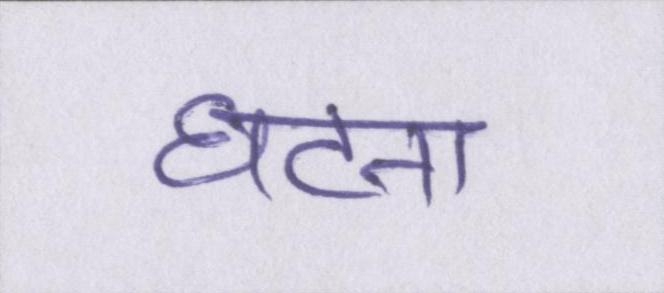
घटना